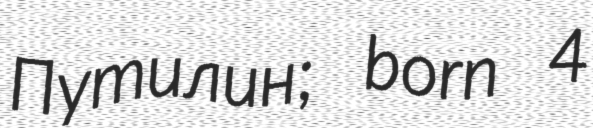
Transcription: Путилин; born 4